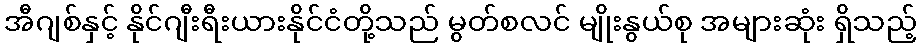
အီဂျစ်နှင့် နိုင်ဂျီးရီးယားနိုင်ငံတို့သည် မွတ်စလင် မျိုးနွယ်စု အများဆုံး ရှိသည့်